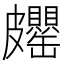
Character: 𱲊